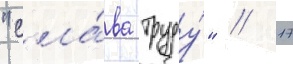
"сла́ва труду́" // 17